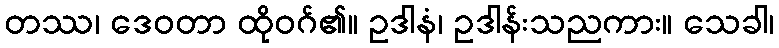
တဿ၊ ဒေဝတာ ထိုဝဂ်၏။ ဥဒါနံ၊ ဥဒါန်းသညကား။ သေခါ၊